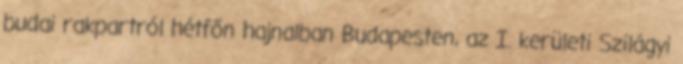
budai rakpartról hétfőn hajnalban Budapesten, az I. kerületi Szilágyi